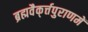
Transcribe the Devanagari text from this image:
ब्रह्मवैक्‌र्त्तपुराणमें